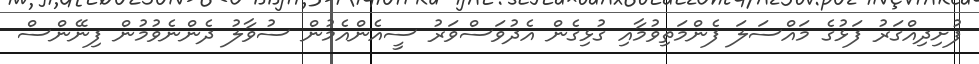
ފުށިދިއްގަރު ފަޅުގެ މައްސަލަ ފެންމަތިވުމާއި ގުޅިގެން އެދުވަސްވަރު ސީއެންއެމުން ސުވާލު ދެންނެވުމުން ފިނޭންސް